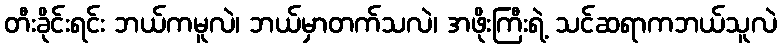
တီးခိုင်းရင်း ဘယ်ကမူလဲ၊ ဘယ်မှာတက်သလဲ၊ အဖိုးကြီးရဲ့ သင်ဆရာကဘယ်သူလဲ